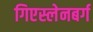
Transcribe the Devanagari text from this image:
गिएस्लेनबर्ग